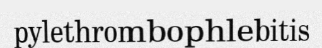
pylethrombophlebitis